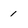
Character: 1